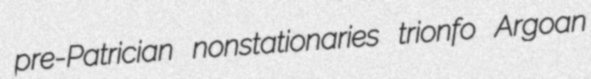
pre-Patrician nonstationaries trionfo Argoan